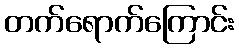
တက်ရောက်ကြောင်း